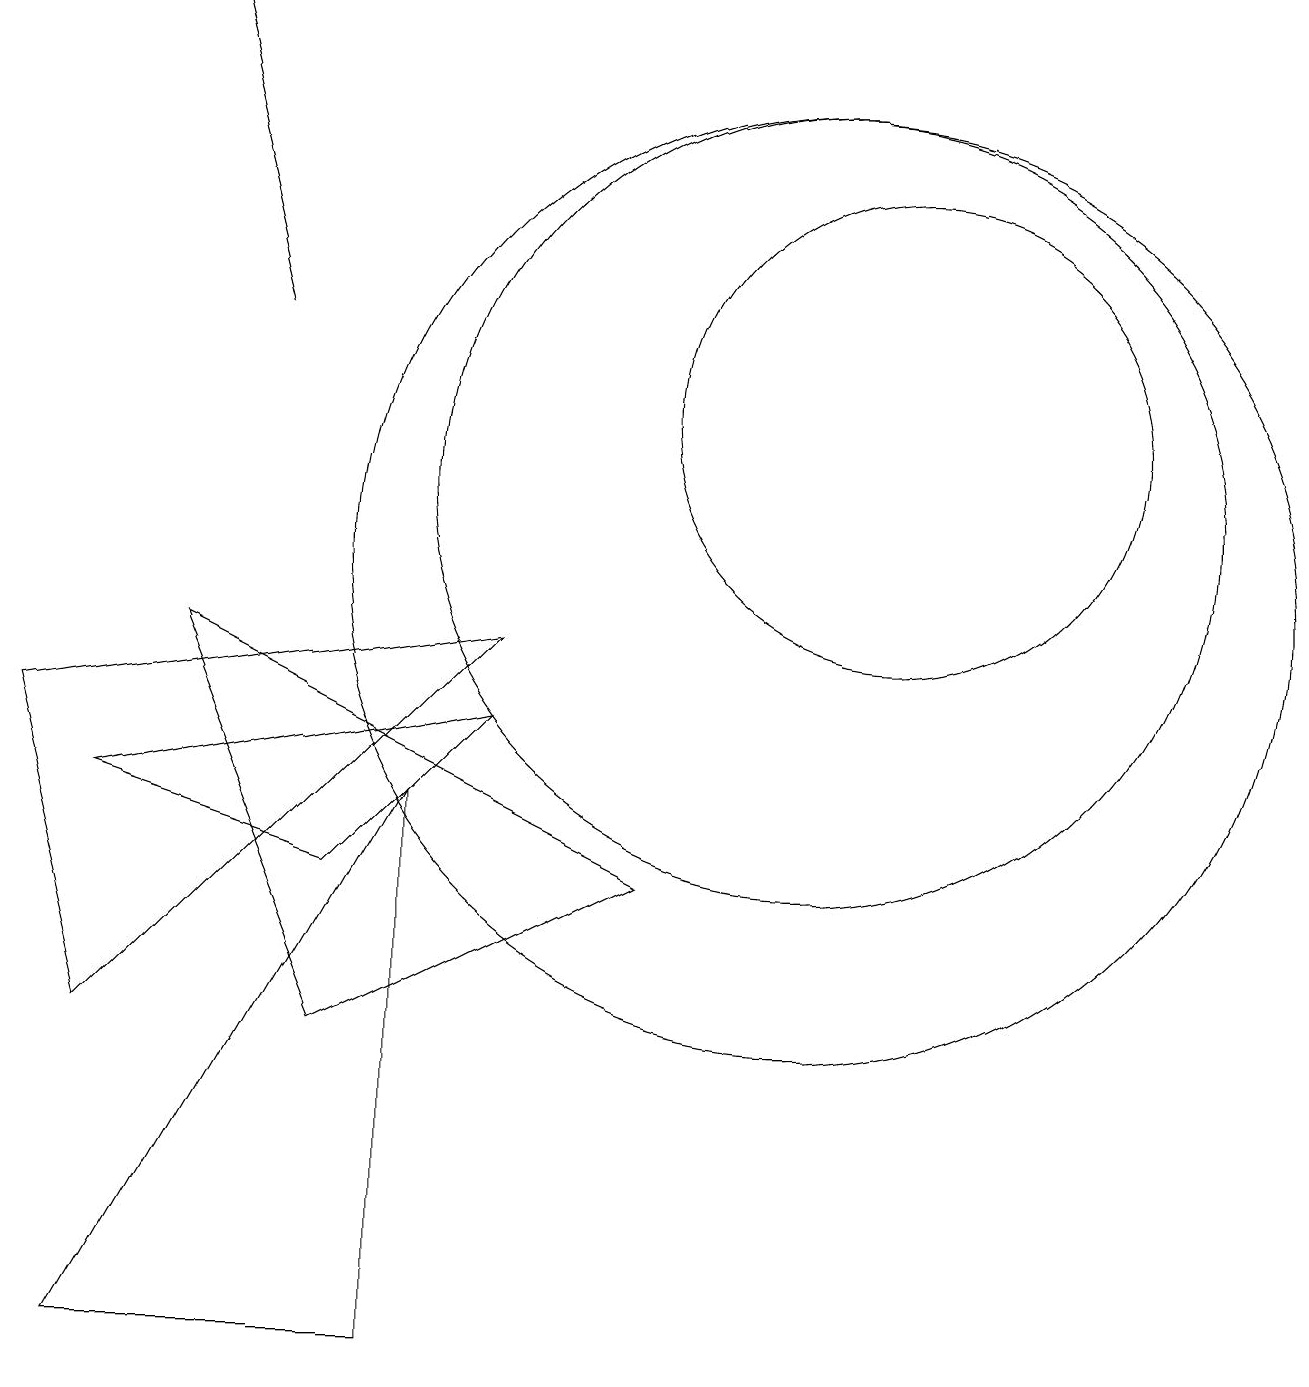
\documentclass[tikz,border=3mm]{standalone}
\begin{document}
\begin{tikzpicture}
\draw (11,11) circle (5);
\draw[->] (4,13) -- (3,17);
\draw (11,10) circle (6);
\draw (2,7) -- (7,8) -- (5,6) -- cycle;
\draw (6,7) -- (2,0) -- (6,0) -- cycle;
\draw (12,12) circle (3);
\draw (9,6) -- (3,9) -- (5,4) -- cycle;
\draw (2,4) -- (7,9) -- (1,8) -- cycle;
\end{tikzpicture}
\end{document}